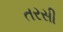
તરસી